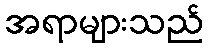
အရာများသည်